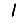
Digit: 1